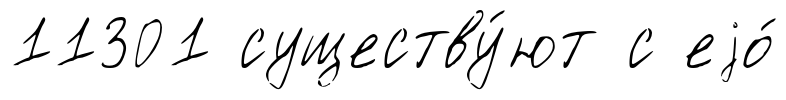
11301 существу́ют с еjо́